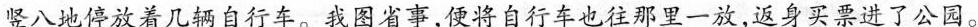
竖八地停放着几辆自行车。我图省事，便将自行车也往那里一放，返身买票进了公园。